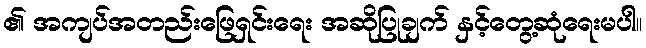
၏ အကျပ်အတည်းဖြေရှင်းရေး အဆိုပြုချက် နှင့်တွေ့ဆုံရေးမပါ။